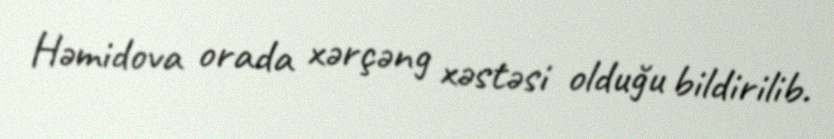
Həmidova orada xərçəng xəstəsi olduğu bildirilib.